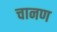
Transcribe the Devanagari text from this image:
चानण